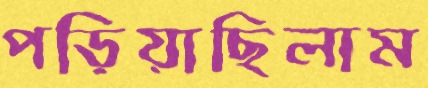
পড়িয়াছিলাম